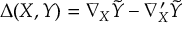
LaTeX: \Delta ( X , Y ) = \nabla _ { X } { \tilde { Y } } - \nabla _ { X } ^ { \prime } { \tilde { Y } }